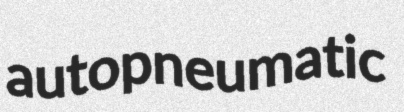
autopneumatic